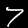
Label: 7